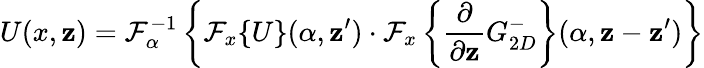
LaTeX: U(x,\mathbf{z})=\mathcal{{F}}_{\alpha}^{-1}\left\{ \mathcal{{F}}_{x}\{ U\} (\alpha,\mathbf{z}^{\prime})\cdot\mathcal{{F}}_{x}\left\{ \frac{{\partial}}{{\partial\mathbf{z}}}G_{2D}^{-}\right\} (\alpha,\mathbf{z}-\mathbf{z}^{\prime})\right\}